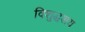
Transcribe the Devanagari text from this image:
विशुद्धशय